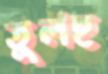
তুলহ